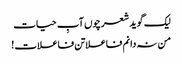
لیک گوید شعر چوں آبِ حیات
من نہ دانم فاعلاتن فاعلات !